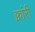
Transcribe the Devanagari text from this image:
क्वांरी